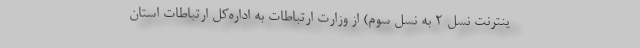
ینترنت نسل ۲ به نسل سوم) از وزارت ارتباطات به اداره‌کل ارتباطات استان